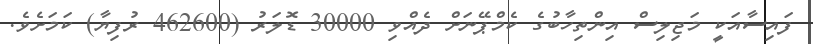
ފައިސާއަކީ މަޖިލިސް އިންތިހާބުގެ ކެމްޕޭނަށް ދެއްވި 30000 ޑޮލަރު (462600 ރުފިޔާ) ކަމަށެވެ.